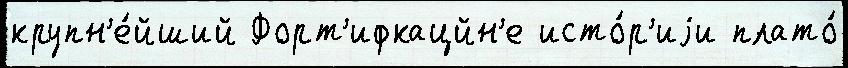
крупн'е́йший Форт'ифкацйн'е исто́р'иjи плато́